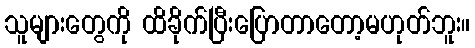
သူများတွေကို ထိခိုက်ပြီးပြောတာတော့မဟုတ်ဘူး။